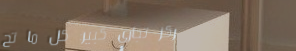
مركز تجاري كبير: كل ما تح